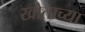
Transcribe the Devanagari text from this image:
खोताच्या